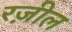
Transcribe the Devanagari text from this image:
रज़ील